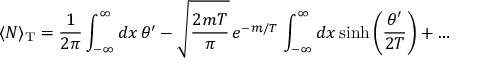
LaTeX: \langle N \rangle _ { \mathrm { T } } = \frac { 1 } { 2 \pi } \int _ { - \infty } ^ { \infty } d x \, \theta ^ { \prime } - \sqrt { \frac { 2 m T } { \pi } } \, e ^ { - m / T } \, \int _ { - \infty } ^ { \infty } d x \, \mathrm { s i n h } \left( \frac { \theta ^ { \prime } } { 2 T } \right) + \dots